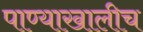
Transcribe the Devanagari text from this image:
पाण्याखालीच